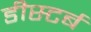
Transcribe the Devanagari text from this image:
डीस्टर्ब